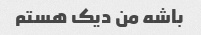
باشه من دیک هستم